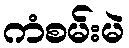
ကံစမ်းမဲ